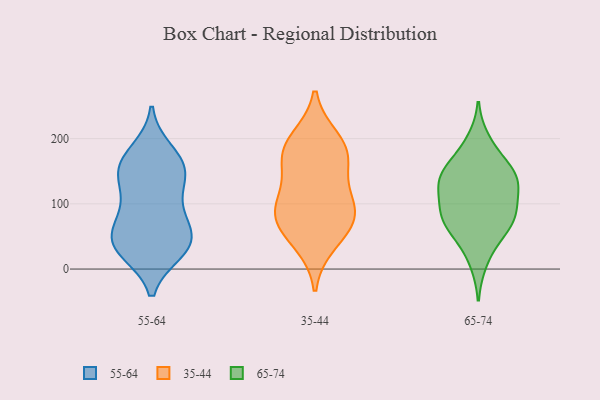
{"axis": {"x": "Tickets Resolved", "y": "Value"}, "legend": ["35-44", "55-64", "65-74"], "data": [{"x": "", "y": 38, "type": "55-64"}, {"x": "", "y": 136, "type": "55-64"}, {"x": "", "y": 28, "type": "55-64"}, {"x": "", "y": 50, "type": "55-64"}, {"x": "", "y": 30, "type": "55-64"}, {"x": "", "y": 46, "type": "55-64"}, {"x": "", "y": 149, "type": "55-64"}, {"x": "", "y": 167, "type": "55-64"}, {"x": "", "y": 152, "type": "55-64"}, {"x": "", "y": 37, "type": "55-64"}, {"x": "", "y": 180, "type": "55-64"}, {"x": "", "y": 69, "type": "55-64"}, {"x": "", "y": 95, "type": "55-64"}, {"x": "", "y": 151, "type": "55-64"}, {"x": "", "y": 94, "type": "55-64"}, {"x": "", "y": 87, "type": "35-44"}, {"x": "", "y": 41, "type": "35-44"}, {"x": "", "y": 198, "type": "35-44"}, {"x": "", "y": 65, "type": "35-44"}, {"x": "", "y": 92, "type": "35-44"}, {"x": "", "y": 118, "type": "35-44"}, {"x": "", "y": 180, "type": "35-44"}, {"x": "", "y": 179, "type": "35-44"}, {"x": "", "y": 164, "type": "35-44"}, {"x": "", "y": 82, "type": "35-44"}, {"x": "", "y": 66, "type": "65-74"}, {"x": "", "y": 147, "type": "65-74"}, {"x": "", "y": 178, "type": "65-74"}, {"x": "", "y": 88, "type": "65-74"}, {"x": "", "y": 197, "type": "65-74"}, {"x": "", "y": 90, "type": "65-74"}, {"x": "", "y": 117, "type": "65-74"}, {"x": "", "y": 44, "type": "65-74"}, {"x": "", "y": 65, "type": "65-74"}, {"x": "", "y": 11, "type": "65-74"}, {"x": "", "y": 122, "type": "65-74"}, {"x": "", "y": 141, "type": "65-74"}, {"x": "", "y": 76, "type": "65-74"}, {"x": "", "y": 145, "type": "65-74"}, {"x": "", "y": 85, "type": "65-74"}, {"x": "", "y": 138, "type": "65-74"}, {"x": "", "y": 144, "type": "65-74"}]}